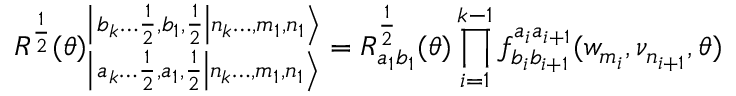
R ^ { \frac { 1 } { 2 } } ( \theta ) _ { \left| \left. a _ { k } \dots \frac { 1 } { 2 } , a _ { 1 } , \frac { 1 } { 2 } \right| n _ { k } \dots , m _ { 1 } , n _ { 1 } \right\rangle } ^ { \left| \left. b _ { k } \dots \frac { 1 } { 2 } , b _ { 1 } , \frac { 1 } { 2 } \right| n _ { k } \dots , m _ { 1 } , n _ { 1 } \right\rangle } = R _ { a _ { 1 } b _ { 1 } } ^ { \frac { 1 } { 2 } } ( \theta ) \prod _ { i = 1 } ^ { k - 1 } f _ { b _ { i } b _ { i + 1 } } ^ { a _ { i } a _ { i + 1 } } ( w _ { m _ { i } } , \nu _ { n _ { i + 1 } } , \theta )